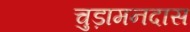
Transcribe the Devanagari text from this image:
चुड़ामनदास